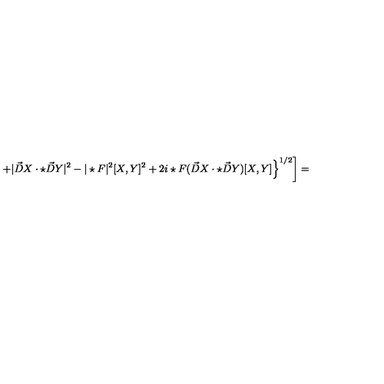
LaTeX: \left. \left. + | \vec { D } X \cdot \star \vec { D } Y | ^ { 2 } - | \star F | ^ { 2 } [ X , Y ] ^ { 2 } + 2 i \star F ( \vec { D } X \cdot \star \vec { D } Y ) [ X , Y ] \right\} ^ { 1 / 2 } \right] =